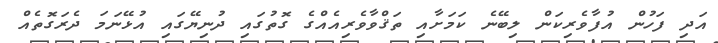
އަދި ފަހުން އުފާވެރިކަން ލިބޭނެ ކަމަށާއި ތަޤްވާވެރިއެއްގެ ގޮތުގައި ދުނިޔޭގައި އުޅޭނަމަ ދެރަގޮތެއް